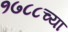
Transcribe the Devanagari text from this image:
१७८८च्या